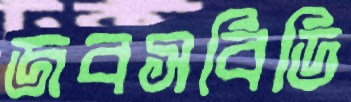
জবসবিডি